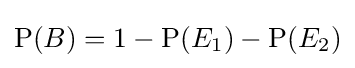
\operatorname {P} (B)=1-\operatorname {P} (E_{1})-\operatorname {P} (E_{2})